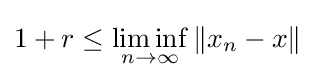
1+r\leq \liminf _{n\to \infty }\|x_{n}-x\|